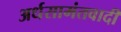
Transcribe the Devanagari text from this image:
अर्धसामंतवादी